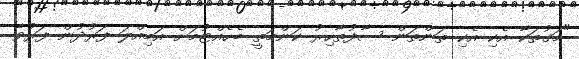
"މަގުތަކާ އެކި އެކި ތަންތަން ސާފުތާހިރު ކަންމަތީ ބެހެއްޓުމަށް އަމިއްލަ ފަރުދުން ފަރުވާ